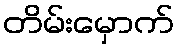
တိမ်းမှောက်